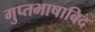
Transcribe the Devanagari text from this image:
गुप्तभाषाविद